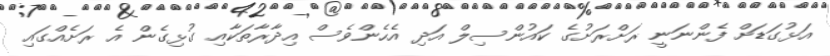
އަޅުގަޑަށް ފެންނަނީ ރަށްރަށުގެ ކައުންސިލް އަދި އެހެންވެސް އިދާރާތަކާއި ގުޅިގެން އެ ރަށެއްގައި